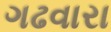
ગઢવારા